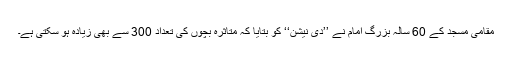
مقامی مسجد کے 60 سالہ بزرگ امام نے ’’دی نیشن‘‘ کو بتایا کہ متاثرہ بچوں کی تعداد 300 سے بھی زیادہ ہو سکتی ہے۔